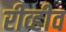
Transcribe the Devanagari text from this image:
रीव्हीव